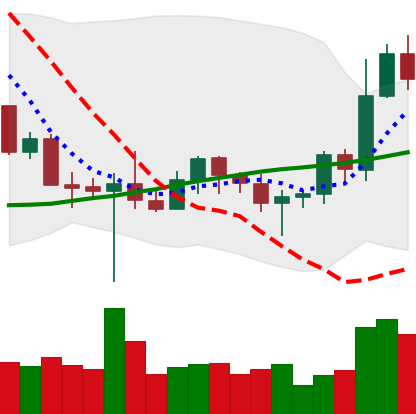
Ticker: BNB-USD
Chart end date: 2022-10-27
Forward return: 13.155%
Label: up_7plus